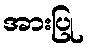
အားပြု